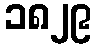
၁၈၂၉